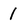
Character: I